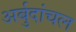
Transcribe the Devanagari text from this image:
अर्बुदांचल